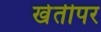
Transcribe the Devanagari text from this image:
खेतीपर